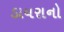
ડાયરાનો